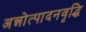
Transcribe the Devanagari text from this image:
अन्नोत्पादनवृद्धि